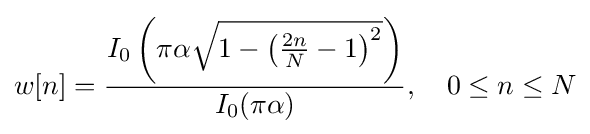
w[n]={\frac {I_{0}\left(\pi \alpha {\sqrt {1-\left({\frac {2n}{N}}-1\right)^{2}}}\right)}{I_{0}(\pi \alpha )}},\quad 0\leq n\leq N